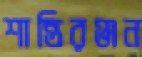
শান্তিরঞ্জন